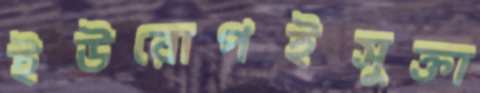
ইউরোপইসুক্তা